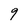
Character: 9